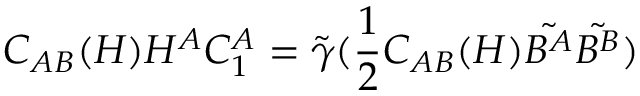
C _ { A B } ( H ) H ^ { A } C _ { 1 } ^ { A } = \tilde { \gamma } ( \frac { 1 } { 2 } C _ { A B } ( H ) \tilde { B ^ { A } } \tilde { B ^ { B } } )